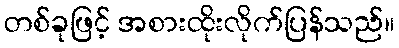
တစ်ခုဖြင့် အစားထိုးလိုက်ပြန်သည်။